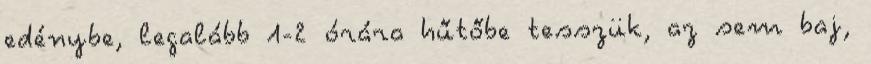
edénybe, legalább 1-2 órára hűtőbe tesszük, az sem baj,